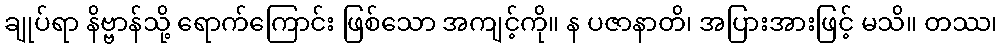
ချုပ်ရာ နိဗ္ဗာန်သို့ ရောက်ကြောင်း ဖြစ်သော အကျင့်ကို။ န ပဇာနာတိ၊ အပြားအားဖြင့် မသိ။ တဿ၊